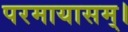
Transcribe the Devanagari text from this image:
परमायासम्‌।